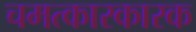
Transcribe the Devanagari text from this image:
चमत्कारकारक